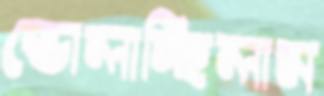
ভোলাচ্ছিলাম